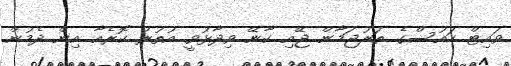
ވައިޓް ހައުސްގެ ތަރުޖަމާން ޖޭއި ކާނޭ ވިދާޅުވީ އުތުރު ކޮރެއާ އިން ދެމުން